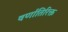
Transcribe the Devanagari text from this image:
वर्णातिरिक्त